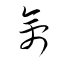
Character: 禽